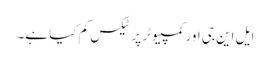
ایل این جی اور کمپیوٹر پر ٹیکس کم کیا ہے۔